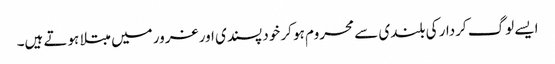
ایسے لوگ کردار کی بلندی سے محروم ہو کر خود پسندی اور غرور میں مبتلا ہوتے ہیں۔